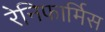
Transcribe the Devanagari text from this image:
रेनिफार्मिस